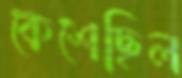
কেশেছিল